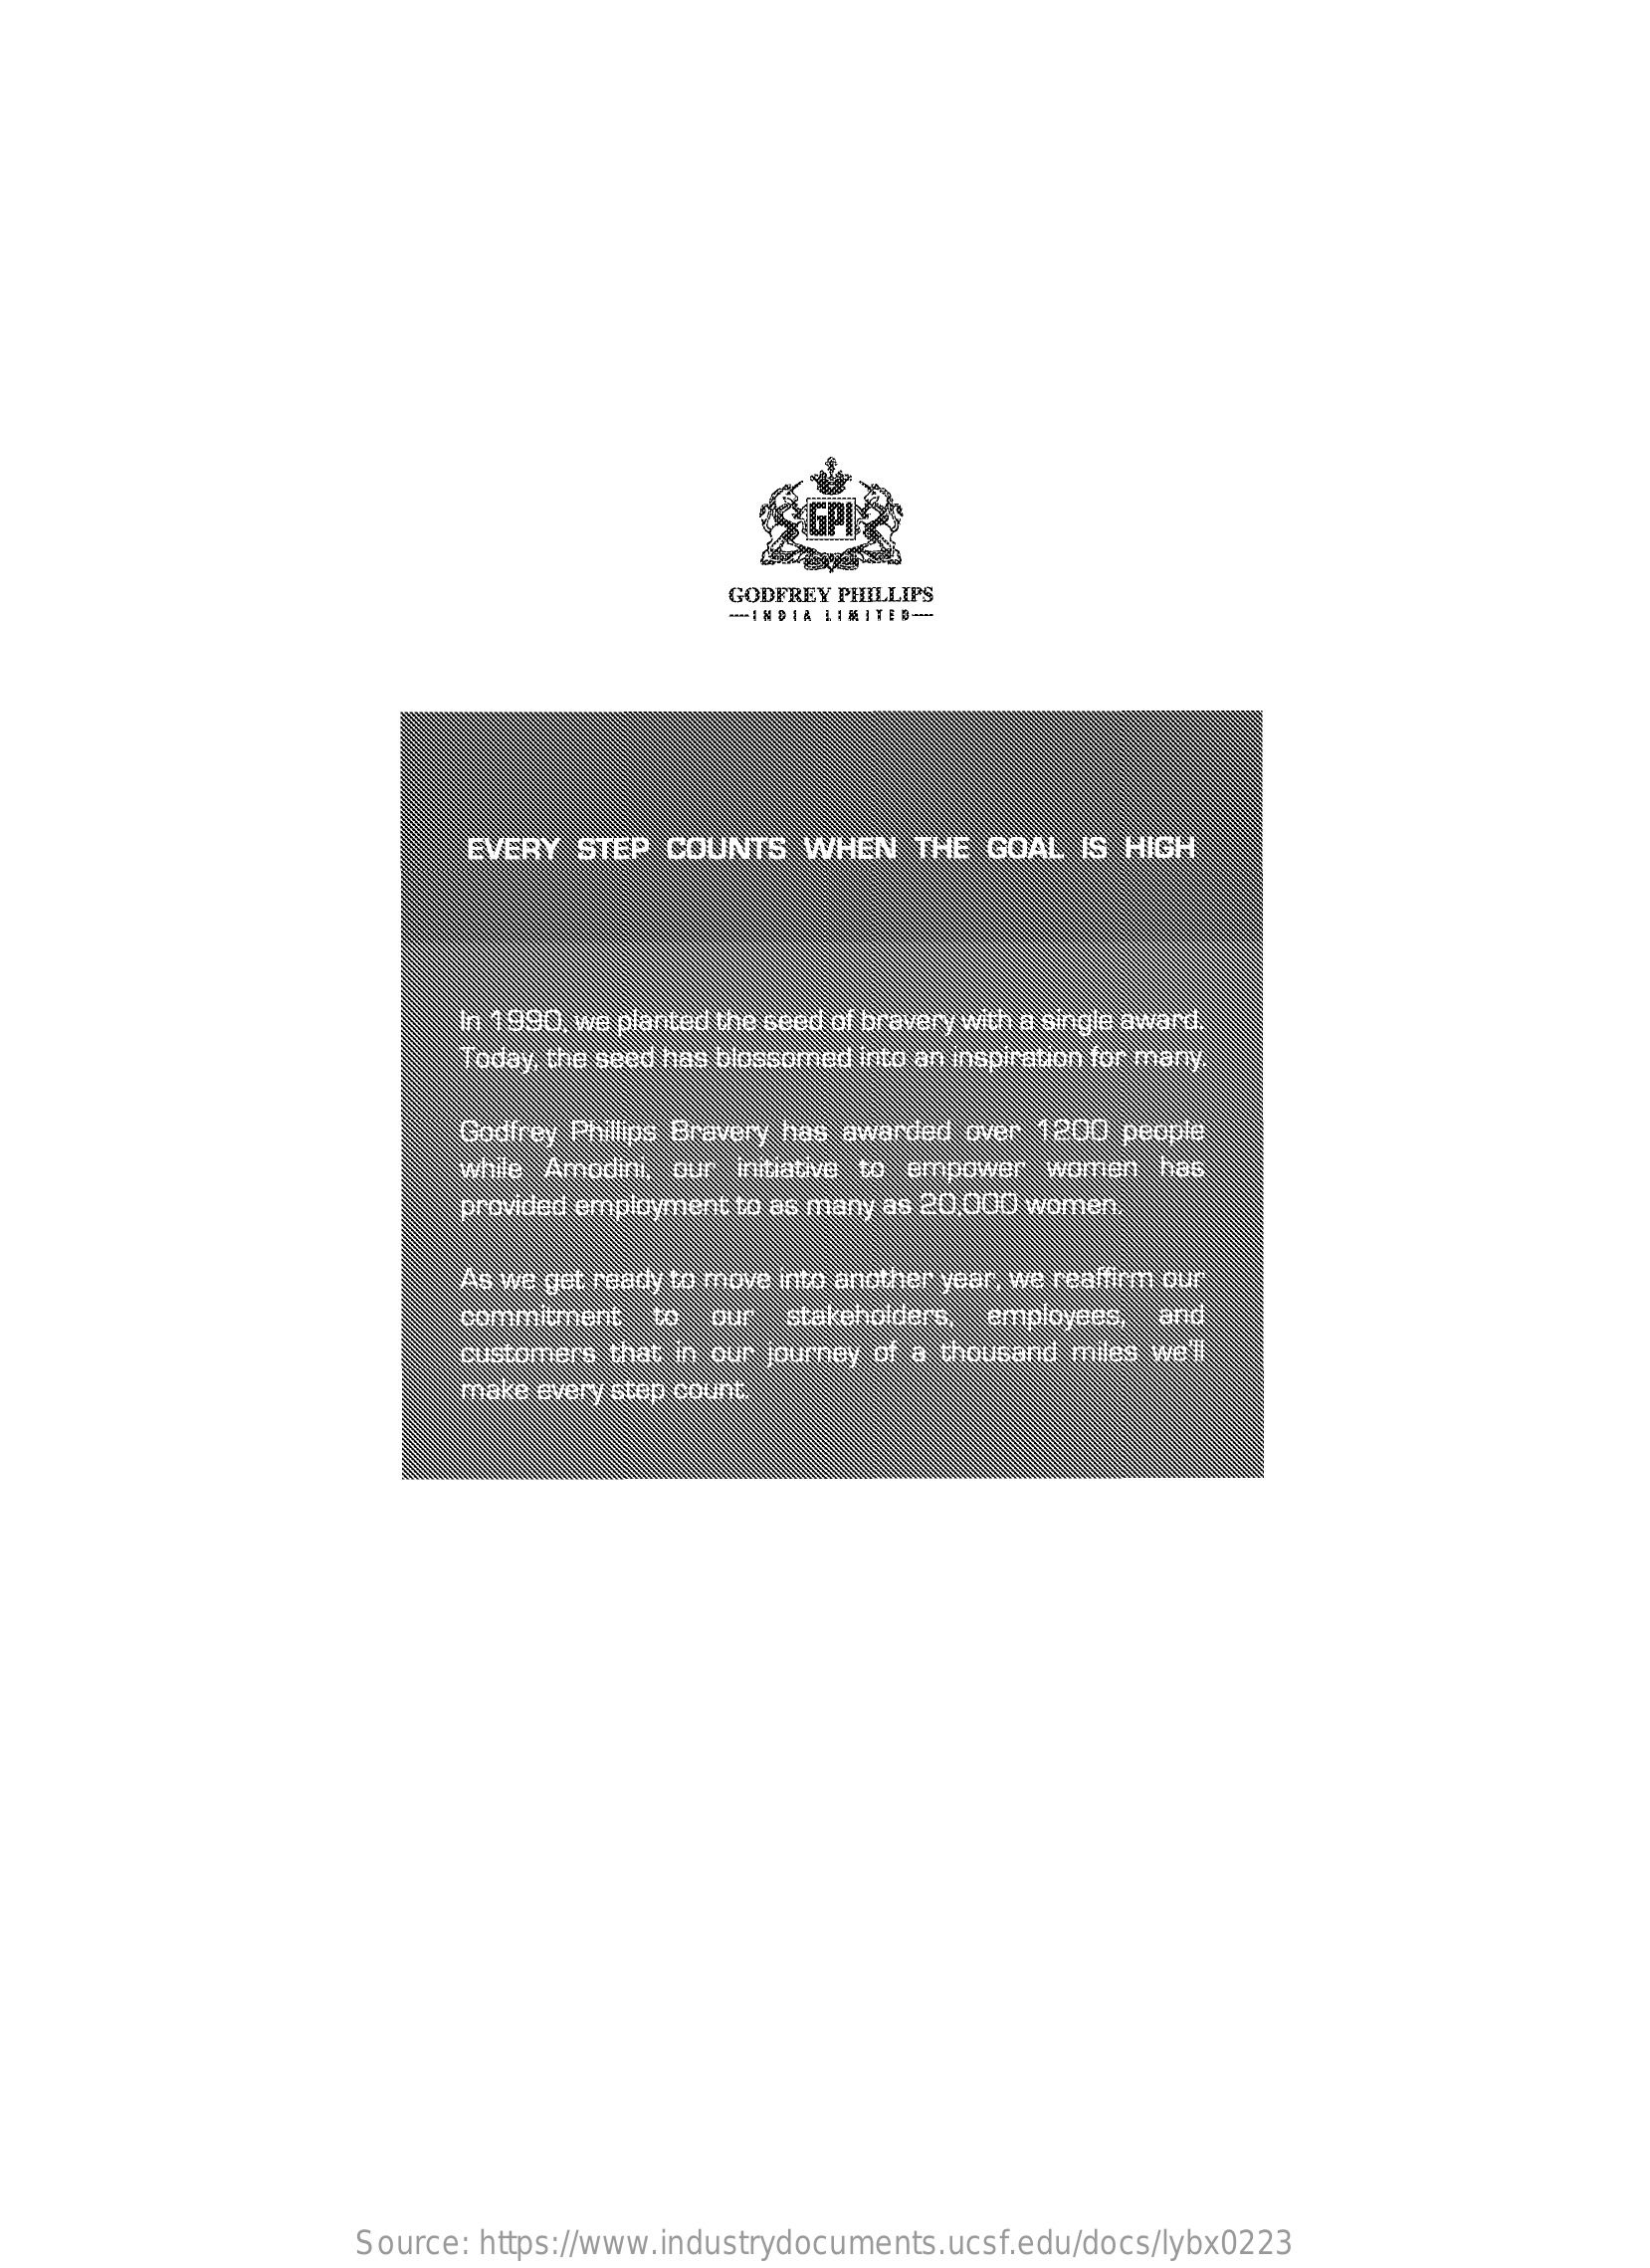
GODFREY PHILLIPS
     -INDER LIMITED ---
     EVERY STEP  COUNTS   WHEN   THE GOAL  IS HIGH
     In 1990, we planted the seed of bravery with a single award.
     Today, the seed has blossomed into an inspiration for many.
     Godfrey Phillips Bravery has awarded over 1200 people
     while Amodini, our initiative to empower women has
     provided employment to as many as 20,000 women
     As we get ready to move into another year, we realfirm our
     commitment  to  our  stakeholders, employees, and
     customers that in our journey of a thousand miles we'll
     make every step count.
     Source: https://www.industrydocuments.ucsf.edu/docs/lybx0223